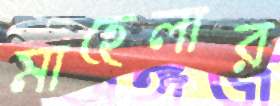
মাহেলার